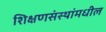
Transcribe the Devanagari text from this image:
शिक्षणसंस्थांमधील